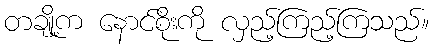
တချို့က နောင်စိုးကို လှည့်ကြည့်ကြသည်။